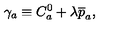
\gamma _ { a } \equiv C _ { a } ^ { 0 } + \lambda \overline { { p } } _ { a } ,